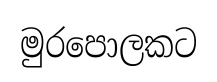
මුරපොලකට